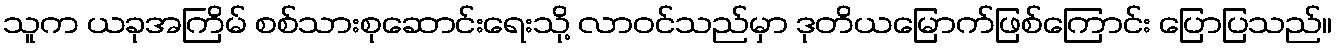
သူက ယခုအကြိမ် စစ်သားစုဆောင်းရေးသို့ လာဝင်သည်မှာ ဒုတိယမြောက်ဖြစ်ကြောင်း ပြောပြသည်။